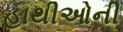
હાથીઓની